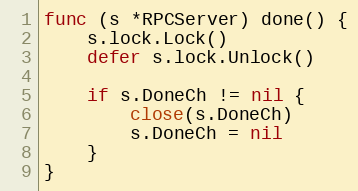
Language: Go
func (s *RPCServer) done() {
	s.lock.Lock()
	defer s.lock.Unlock()

	if s.DoneCh != nil {
		close(s.DoneCh)
		s.DoneCh = nil
	}
}